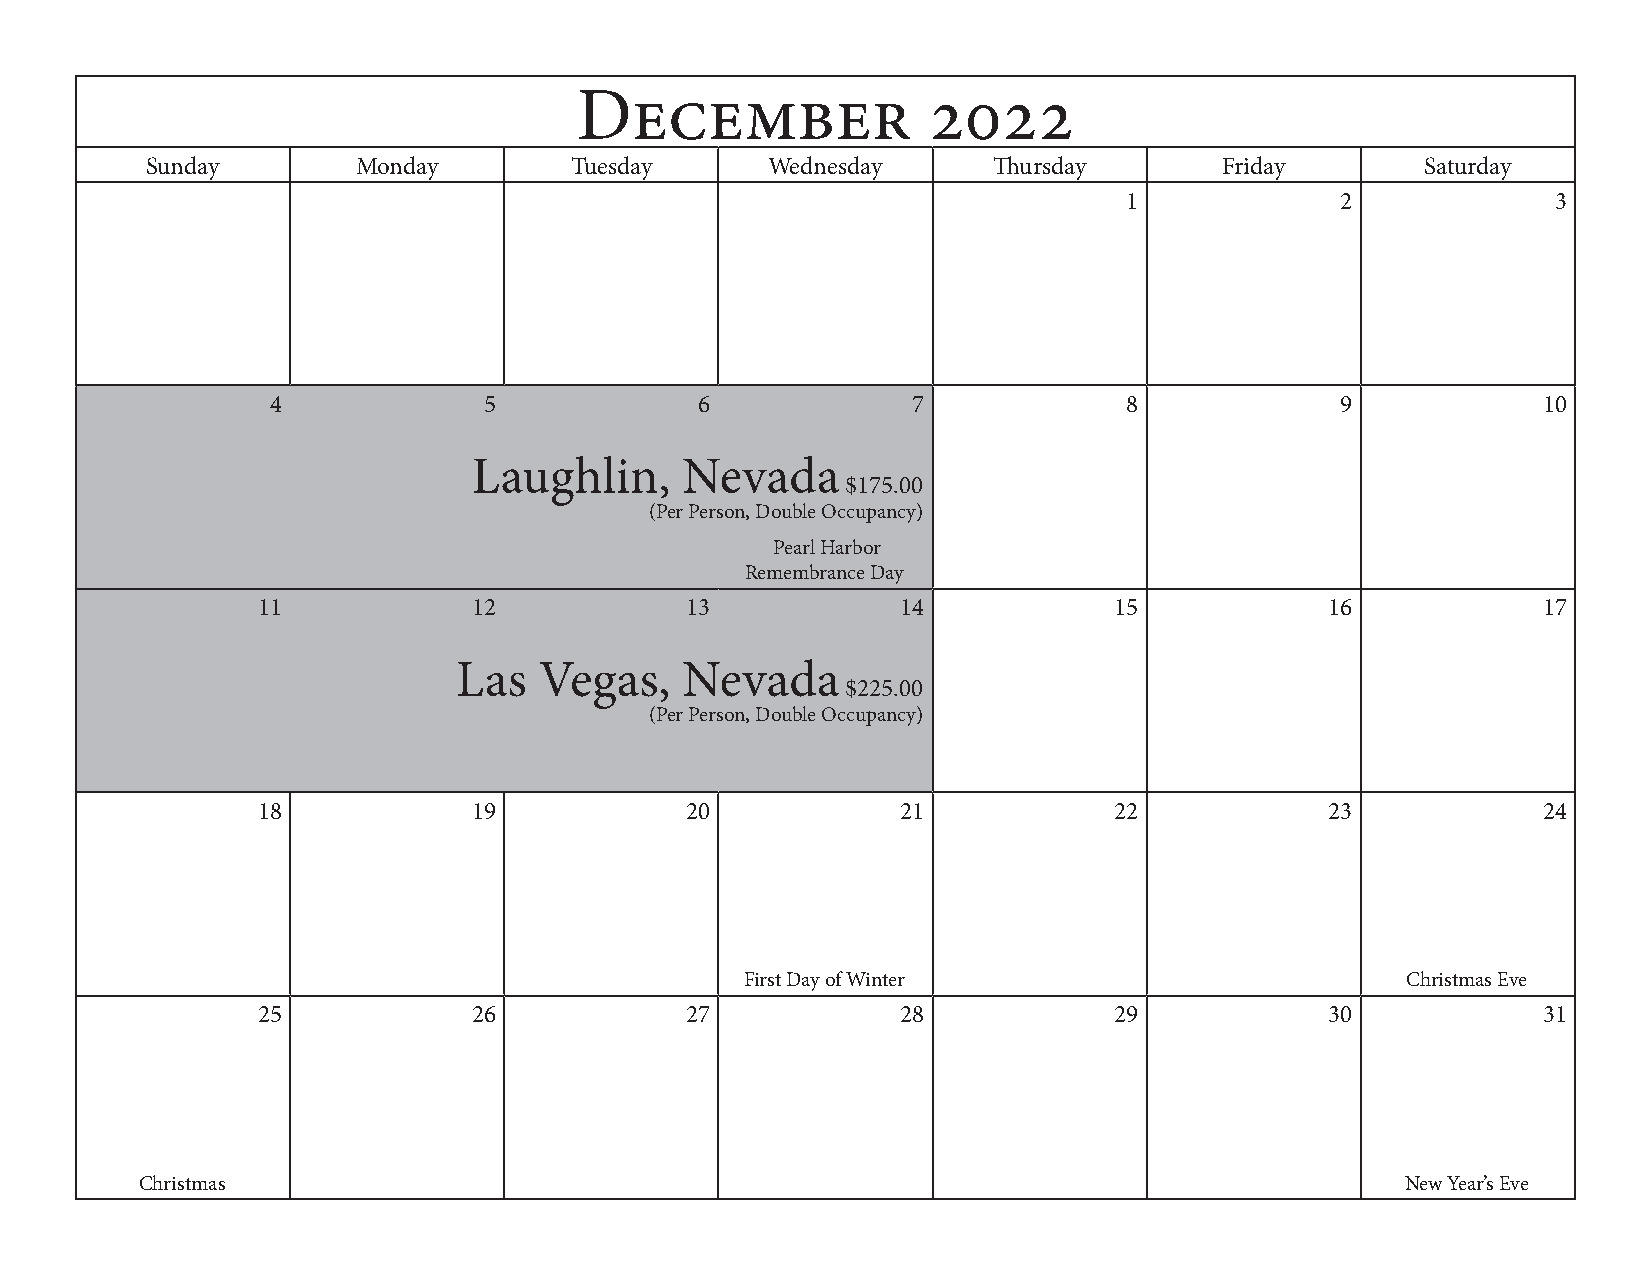
December               2022
 Sunday        Monday        Tuesday      Wednesday      Thursday       Friday       Saturday
 1             2             3
 4             5             6             7              8             9            10
 Laughlin,     Nevada
 $175.00
 (Per Person, Double Occupancy)
 Pearl Harbor
 Remembrance Day
 11            12            13             14            15            16            17
 Las   Vegas,   Nevada
 $225.00
 (Per Person, Double Occupancy)
 18            19            20             21            22            23            24
 First Day of Winter                         Christmas Eve
 25            26            27             28            29            30            31
 Christmas                                                                           New Year’s Eve